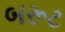
બરૂટ